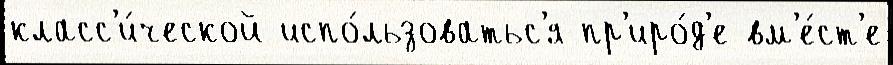
класс'и́ческой испо́льзоватьс'я пр'иро́д'е вм'е́ст'е